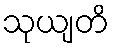
သုယျတိ